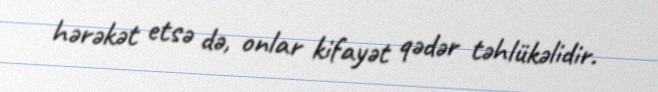
hərəkət etsə də, onlar kifayət qədər təhlükəlidir.